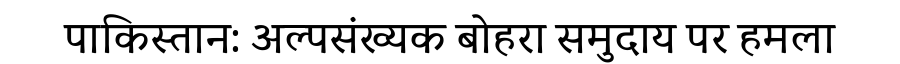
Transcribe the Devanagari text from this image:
पाकिस्तान: अल्पसंख्यक बोहरा समुदाय पर हमला